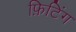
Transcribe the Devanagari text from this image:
फ़िटिंग